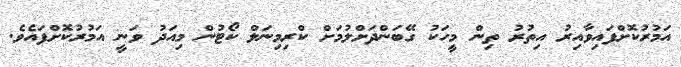
އަމުރުކޮށްފައިވާއިރު އިތުރު ތިން މީހަކު ގޭބަންދަށްލުމަށް ކްރިމިނަލް ކޯޓުން މިއަދު ވަނީ އަމުރުކޮށްފައެވެ.